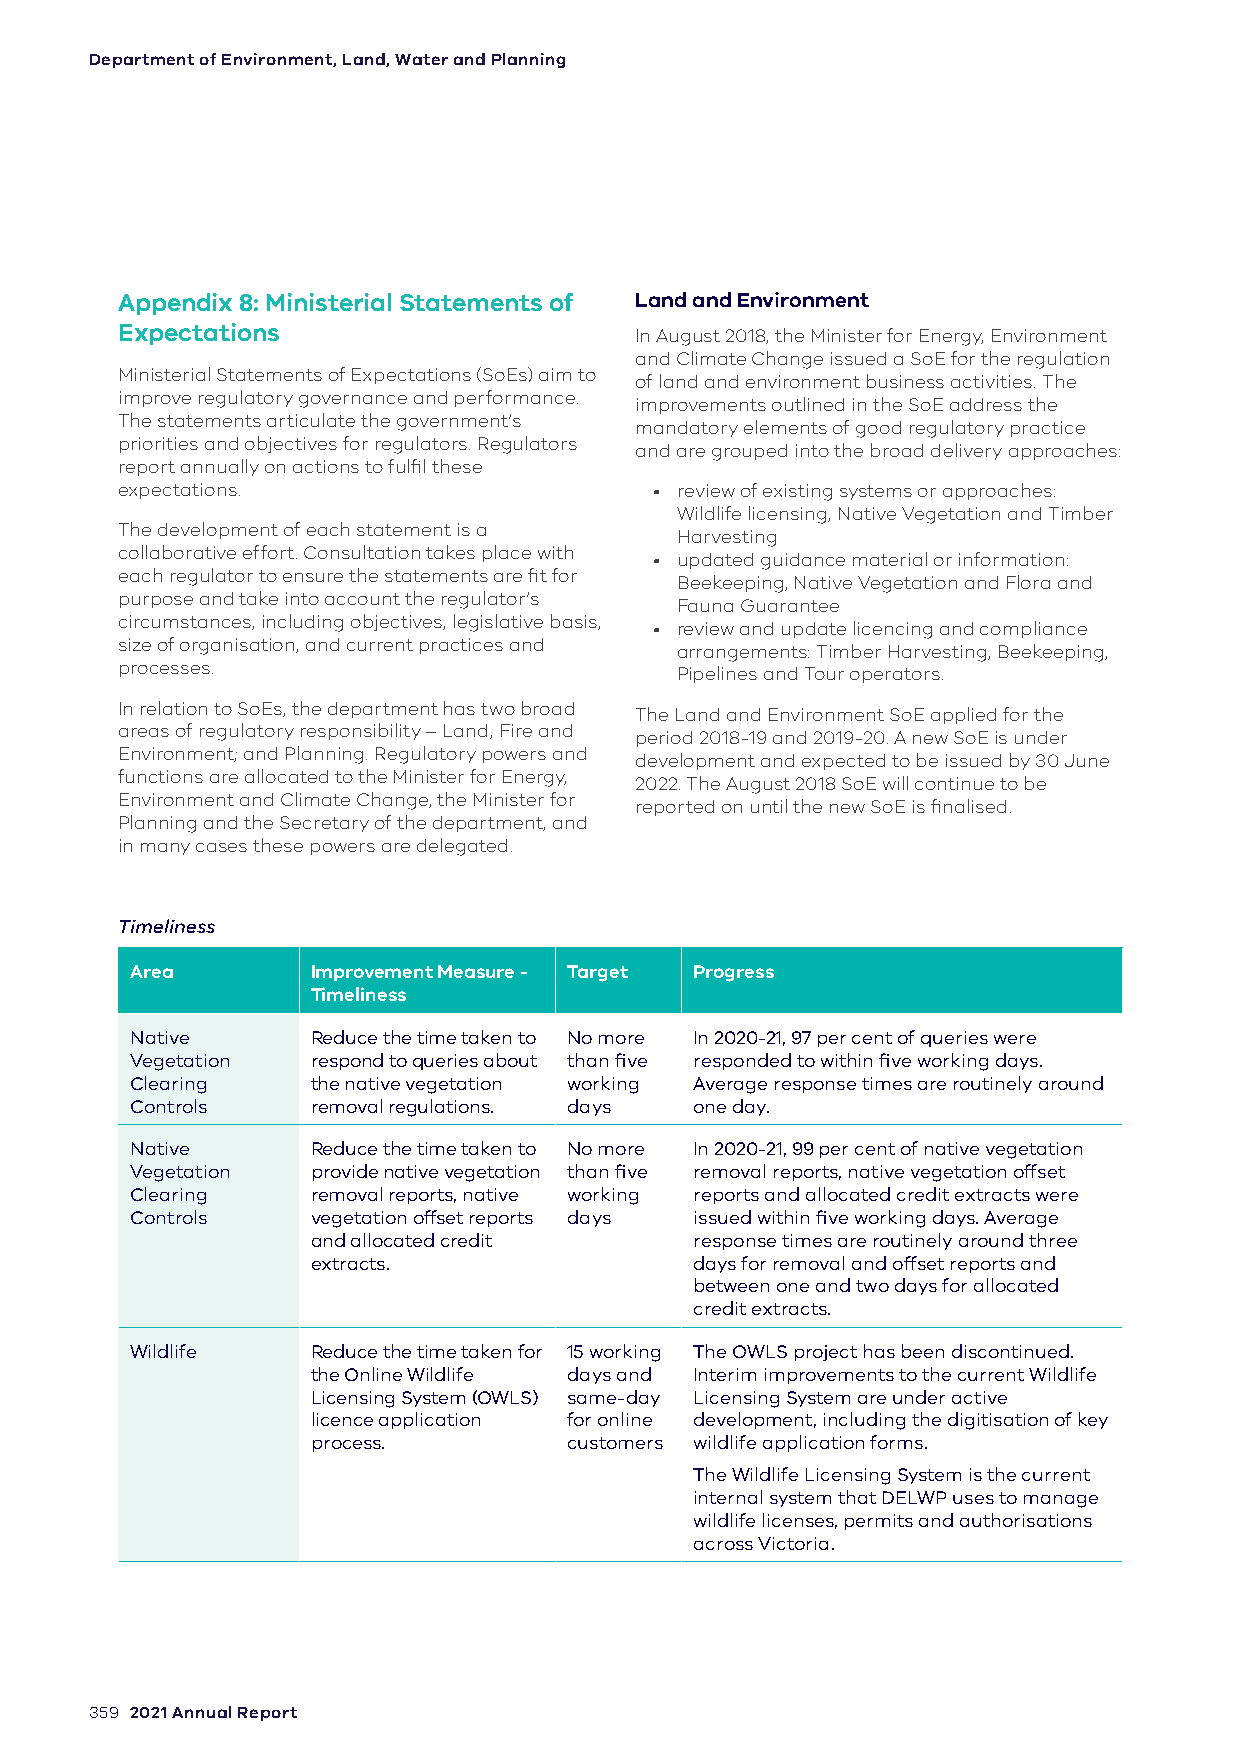
Department of Environment, Land, Water and Planning
 Appendix 8: Ministerial Statements of Land and Environment
 Expectations                      In August 2018, the Minister for Energy, Environment
 and Climate Change issued a SoE for the regulation
 Ministerial Statements of Expectations (SoEs) aim to
 of land and environment business activities. The
 improve regulatory governance and performance.
 improvements outlined in the SoE address the
 The statements articulate the government’s
 mandatory elements of good regulatory practice
 priorities and objectives for regulators. Regulators
 and are grouped into the broad delivery approaches:
 report annually on actions to fulfil these
 expectations.                      • review of existing systems or approaches:
 Wildlife licensing, Native Vegetation and Timber
 The development of each statement is a
 Harvesting
 collaborative effort. Consultation takes place with
 • updated guidance material or information:
 each regulator to ensure the statements are fit for
 Beekeeping, Native Vegetation and Flora and
 purpose and take into account the regulator’s
 Fauna Guarantee
 circumstances, including objectives, legislative basis,
 • review and update licencing and compliance
 size of organisation, and current practices and
 arrangements: Timber Harvesting, Beekeeping,
 processes.
 Pipelines and Tour operators.
 In relation to SoEs, the department has two broad
 The Land and Environment SoE applied for the
 areas of regulatory responsibility – Land, Fire and
 period 2018-19 and 2019-20. A new SoE is under
 Environment; and Planning. Regulatory powers and
 development and expected to be issued by 30 June
 functions are allocated to the Minister for Energy,
 2022. The August 2018 SoE will continue to be
 Environment and Climate Change, the Minister for
 reported on until the new SoE is finalised.
 Planning and the Secretary of the department, and
 in many cases these powers are delegated.
 Timeliness
 Area        Improvement Measure - Target Progress
 Timeliness
 Native      Reduce the time taken to No more In 2020-21, 97 per cent of queries were
 Vegetation  respond to queries about than five responded to within five working days.
 Clearing    the native vegetation working Average response times are routinely around
 Controls    removal regulations. days one day.
 Native      Reduce the time taken to No more In 2020-21, 99 per cent of native vegetation
 Vegetation  provide native vegetation than five removal reports, native vegetation offset
 Clearing    removal reports, native working reports and allocated credit extracts were
 Controls    vegetation offset reports days issued within five working days. Average
 and allocated credit     response times are routinely around three
 extracts.                days for removal and offset reports and
 between one and two days for allocated
 credit extracts.
 Wildlife    Reduce the time taken for 15 working The OWLS project has been discontinued.
 the Online Wildlife days and Interim improvements to the current Wildlife
 Licensing System (OWLS) same-day Licensing System are under active
 licence application for online development, including the digitisation of key
 process.         customers wildlife application forms.
 The Wildlife Licensing System is the current
 internal system that DELWP uses to manage
 wildlife licenses, permits and authorisations
 across Victoria.
 359 2021 Annual Report